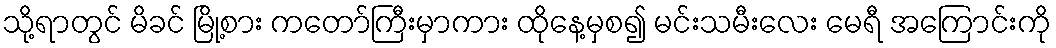
သို့ရာတွင် မိခင် မြို့စား ကတော်ကြီးမှာကား ထိုနေ့မှစ၍ မင်းသမီးလေး မေရီ အကြောင်းကို